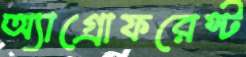
অ্যাগ্রোফরেস্ট